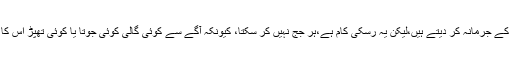
بعض جج ہمت کر کے جرمانہ کر دیتے ہیں،لیکن یہ رسکی کام ہے،ہر جج نہیں کر سکتا، کیونکہ آگے سے کوئی گالی کوئی جوتا یا کوئی تھپڑ اُس کا مقدر بن سکتا ہے۔